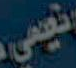
نعيمي